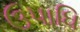
ઉપાધિ